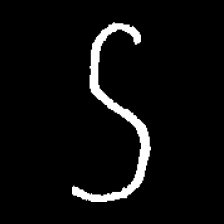
Pyu character \u2014 Myanmar letter: ဌ (romanized: ttha)